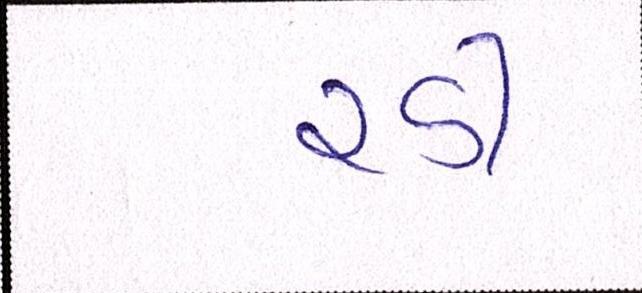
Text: રડી